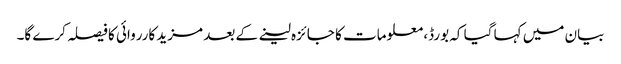
بیان میں کہا گیا کہ بورڈ، معلومات کا جائزہ لینے کے بعد مزید کارروائی کا فیصلہ کرے گا۔